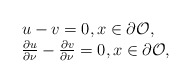
\begin{align*}\begin{array}{l}u-v=0, x \in \partial \mathcal O, \\\frac{\partial u}{\partial \nu} - \frac{\partial v}{\partial \nu}=0, x \in \partial \mathcal O,\end{array}\end{align*}